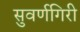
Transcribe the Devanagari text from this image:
सुवर्णगिरी